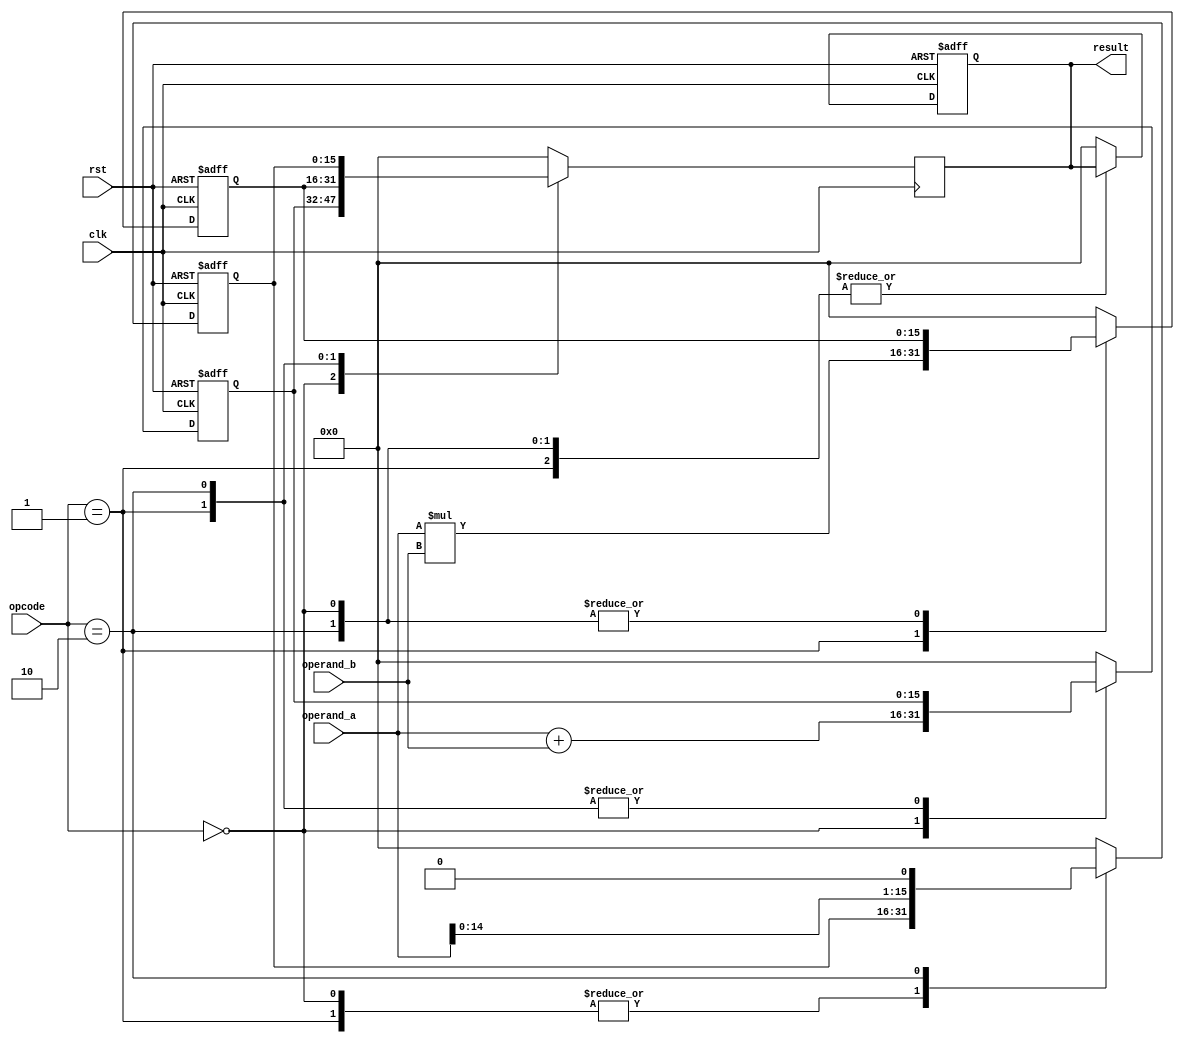
module half_precision_fpu (
    input wire clk,
    input wire rst,
    input wire [15:0] operand_a,    // Input operand A
    input wire [15:0] operand_b,    // Input operand B
    input wire [2:0] opcode,        // Operation code: 0 for addition, 1 for multiplication, 2 for shifting
    output reg [15:0] result        // Output result
);

reg [15:0] adder_out;
reg [15:0] multiplier_out;
reg [15:0] shifter_out;

always @(posedge clk or posedge rst) begin
    if (rst) begin
        adder_out <= 16'b0;
        multiplier_out <= 16'b0;
        shifter_out <= 16'b0;
        result <= 16'b0;
    end else begin
        case(opcode)
            0: begin  // Addition operation
                adder_out <= operand_a + operand_b;
            end
            1: begin  // Multiplication operation
                multiplier_out <= operand_a * operand_b;
            end
            2: begin  // Shifting operation
                shifter_out <= operand_a << 1;  // example shifting operation, adjust based on actual shifting logic
            end
            default: begin
                adder_out <= 16'b0;
                multiplier_out <= 16'b0;
                shifter_out <= 16'b0;
                result <= 16'b0;
            end
        endcase
    end
end

always @(posedge clk) begin
    case(opcode)
        0: result <= adder_out;
        1: result <= multiplier_out;
        2: result <= shifter_out;
        default: result <= 16'b0;
    endcase
end

endmodule